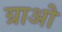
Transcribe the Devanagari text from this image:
ग्राओ